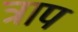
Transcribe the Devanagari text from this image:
ट्राप